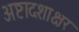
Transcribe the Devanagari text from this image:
अष्टादशाक्षर